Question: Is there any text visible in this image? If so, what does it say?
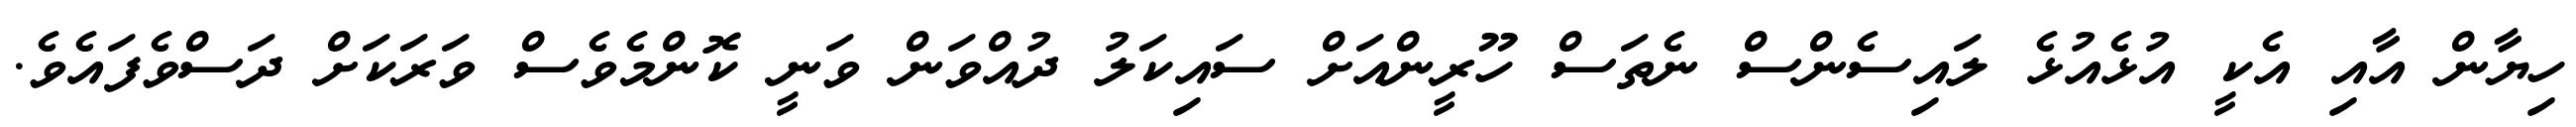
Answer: ހިޔާން އާއި އެކީ އުޅެއުޅެ ލައިސެންސް ނެތަސް ހޫރީންއަށް ސައިކަލު ދުއްވަން ވަނީ ކޮންމެވެސް ވަރަކަށް ދަސްވެފައެވެ.